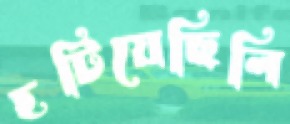
হটিয়েছিলি